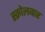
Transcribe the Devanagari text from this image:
स्क्रोलबार